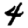
Digit: 4